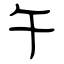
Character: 午